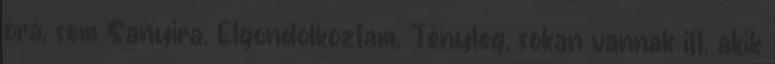
őrá, sem Sanyira. El­gon­dolkoztam. Tényleg, sokan vannak itt, akik